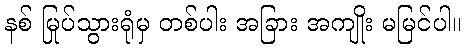
နစ် မြုပ်သွားရုံမှ တစ်ပါး အခြား အကျိုး မမြင်ပါ။